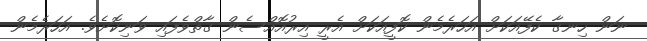
ނަން ހިނގާ ކެފޭއަކަށް އަހަރެމެން ކޮފީއަކަށް އެރީ އިރުއޮއްސެން ގާތްވެފައި ވަނިކޮށެވެ. އަހަރެމެން